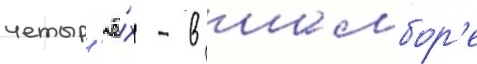
четыр'ё́х - в шамбор'е